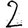
Digit: 2